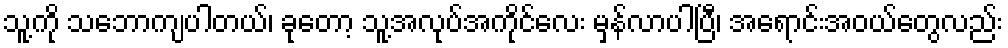
သူ့ကို သဘောကျပါတယ်၊ ခုတော့ သူ့အလုပ်အကိုင်လေး မှန်လာပါပြီ၊ အရောင်းအဝယ်တွေလည်း